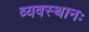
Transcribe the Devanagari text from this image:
व्यवस्थानः